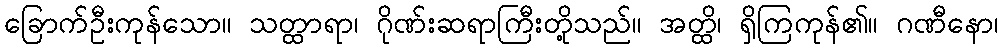
ခြောက်ဦးကုန်သော။ သတ္ထာရာ၊ ဂိုဏ်းဆရာကြီးတို့သည်။ အတ္ထိ၊ ရှိကြကုန်၏။ ဂဏီနော၊